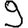
Digit: 9